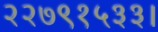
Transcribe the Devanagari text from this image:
२२७९१५३३।